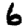
Digit: 6